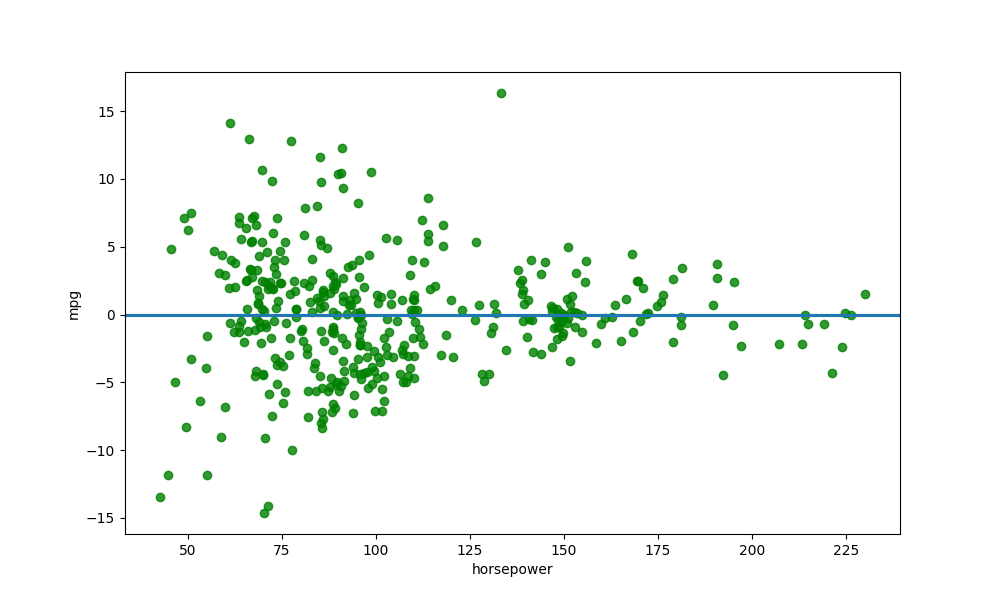
python, seaborn, residplot, lowess=True, scatter_color=green